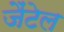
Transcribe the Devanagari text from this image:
जैंटेल